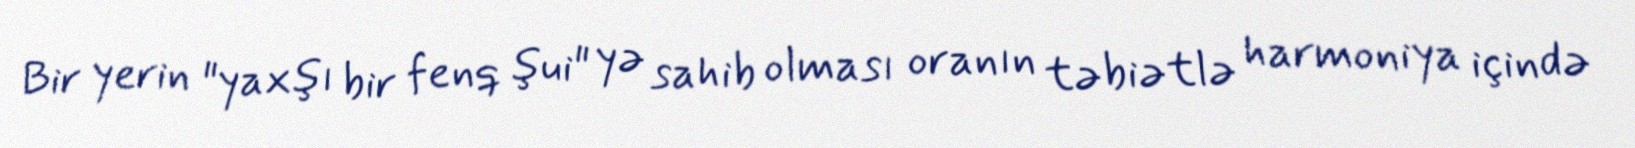
Bir yerin "yaxşı bir fenq şui" yə sahib olması oranın təbiətlə harmoniya içində